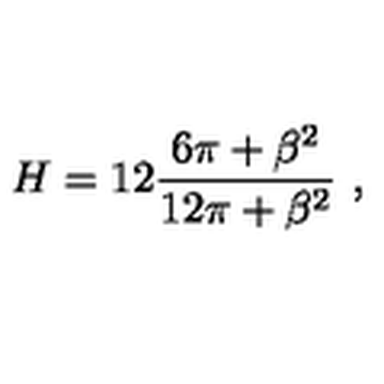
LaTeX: H = 1 2 \frac { 6 \pi + \beta ^ { 2 } } { 1 2 \pi + \beta ^ { 2 } } \ ,